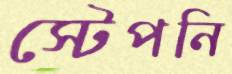
স্টেপনি